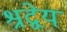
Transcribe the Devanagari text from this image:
श्रद्वेय